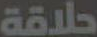
حلاقة